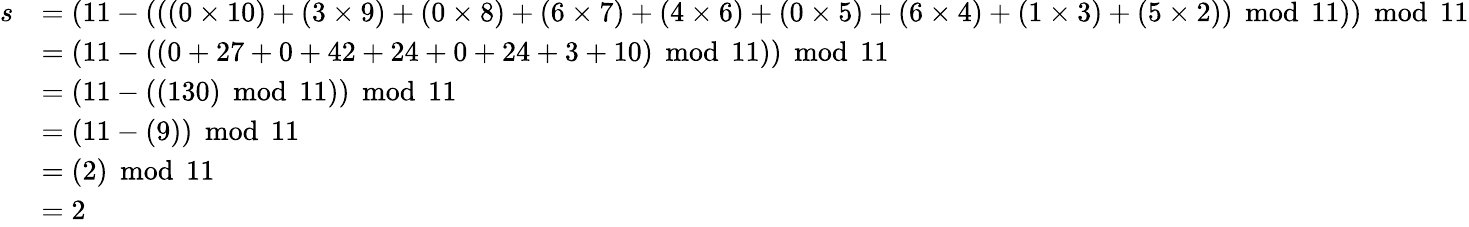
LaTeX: {\begin{array}{rl}{s}&{=(11-(((0\times 10)+(3\times 9)+(0\times 8)+(6\times 7)+(4\times 6)+(0\times 5)+(6\times 4)+(1\times 3)+(5\times 2))\, {\bmod{\, }}11))\, {\bmod{\, }}11}\\ &{=(11-((0+27+0+42+24+0+24+3+10)\, {\bmod{\, }}11))\, {\bmod{\, }}11}\\ &{=(11-((130)\, {\bmod{\, }}11))\, {\bmod{\, }}11}\\ &{=(11-(9))\, {\bmod{\, }}11}\\ &{=(2)\, {\bmod{\, }}11}\\ &{=2}\end{array}}